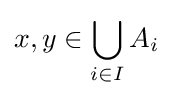
x,y\in \bigcup _{i\in I}A_{i}